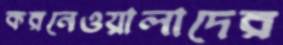
করনেওয়ালাদের